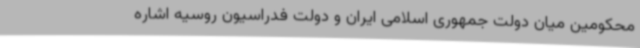
محکومین میان دولت جمهوری اسلامی ایران و دولت فدراسیون روسیه اشاره